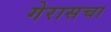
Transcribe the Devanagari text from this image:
गेरासचा